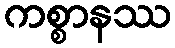
ကစ္စာနဿ